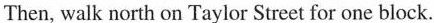
Then, walk north on Taylor Street for one block.